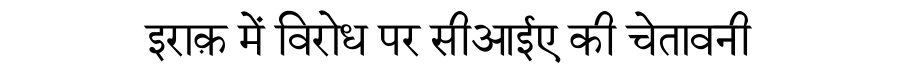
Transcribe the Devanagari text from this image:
इराक़ में विरोध पर सीआईए की चेतावनी